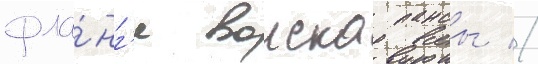
фла́нг'е воиска пансы //